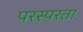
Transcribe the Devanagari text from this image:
परस्परता